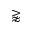
\gnapprox